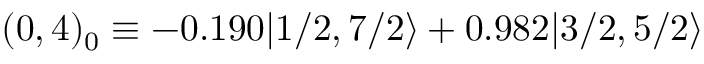
( 0 , 4 ) _ { 0 } \equiv - 0 . 1 9 0 | 1 / 2 , 7 / 2 \rangle + 0 . 9 8 2 | 3 / 2 , 5 / 2 \rangle